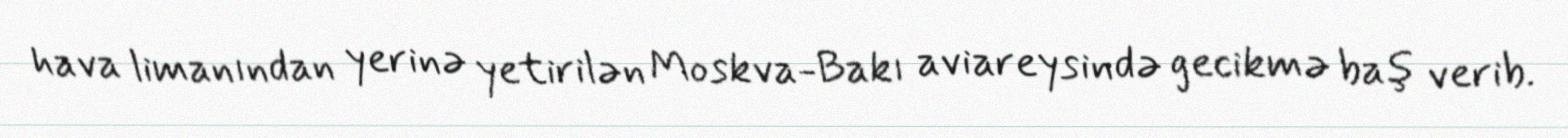
hava limanından yerinə yetirilən Moskva-Bakı aviareysində gecikmə baş verib.